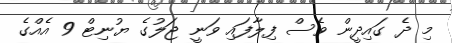
މި ދެ ގައިދީން ވެސް ފިލާފައި ވަނީ ޖަލުގެ ޔުނިޓް 9 އެއްގެ